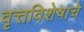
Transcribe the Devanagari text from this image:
वृत्तविशेषाचे